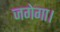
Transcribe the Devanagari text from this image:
जगेगा।